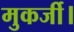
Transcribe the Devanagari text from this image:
मुकर्जी।